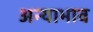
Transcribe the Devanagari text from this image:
अन्याभाव